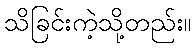
သိခြင်းကဲ့သို့တည်း။